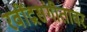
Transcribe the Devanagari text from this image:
रवींद्रसंगीतावर